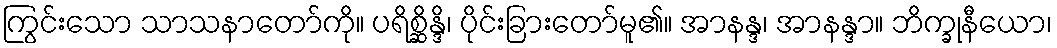
ကြွင်းသော သာသနာတော်ကို။ ပရိစ္ဆိန္ဒိ၊ ပိုင်းခြားတော်မူ၏။ အာနန္ဒ၊ အာနန္ဒာ။ ဘိက္ခုနီယော၊